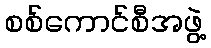
စစ်ကောင်စီအဖွဲ့